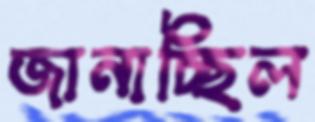
জানাচ্ছিল